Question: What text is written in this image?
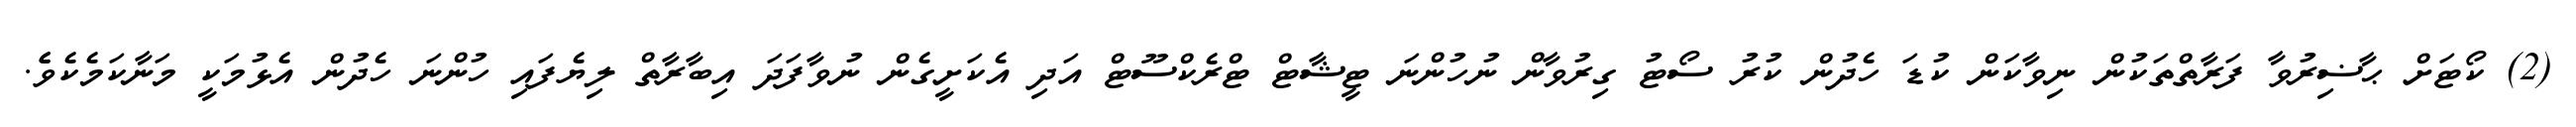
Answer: (2) ކޯޓަށް ޙާޟިރުވާ ފަރާތްތަކުން ނިވާކަން ކުޑަ ހެދުން ކުރު ސޯޓު ގިރުވާން ނުހުންނަ ޓީޝާޓް ޓްރެކްސޫޓް އަދި އެކަށީގެން ނުވާފަދަ އިބާރާތް ލިޔެފައި ހުންނަ ހެދުން އެޅުމަކީ މަނާކަމެކެވެެ.